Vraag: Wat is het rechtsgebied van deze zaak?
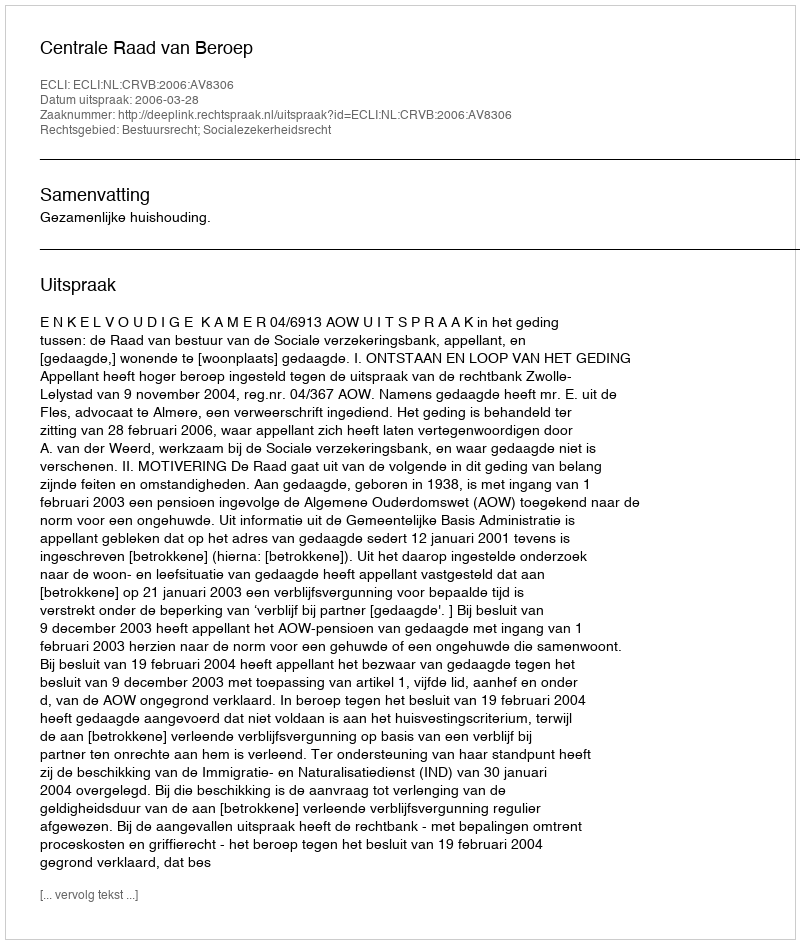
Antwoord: Bestuursrecht; Socialezekerheidsrecht